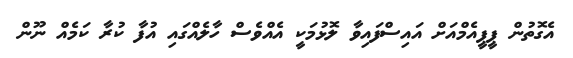
އެގޮތުން ޕީޕީއެމްއަށް އައިސްފައިވާ ލޮޅުމަކީ އެއްވެސް ހާލެއްގައި އުފާ ކުރާ ކަމެއް ނޫން